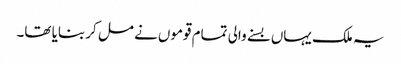
یہ ملک یہاں بسنے والی تمام قوموں نے مل کر بنایا تھا۔